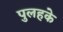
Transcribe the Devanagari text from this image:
पुलहके